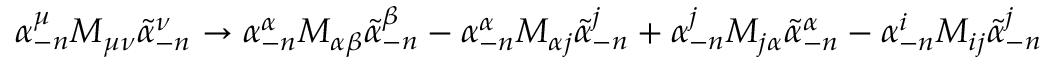
\alpha _ { - n } ^ { \mu } M _ { \mu \nu } \widetilde \alpha _ { - n } ^ { \nu } \rightarrow \alpha _ { - n } ^ { \alpha } M _ { \alpha \beta } \widetilde \alpha _ { - n } ^ { \beta } - \alpha _ { - n } ^ { \alpha } M _ { \alpha j } \widetilde \alpha _ { - n } ^ { j } + \alpha _ { - n } ^ { j } M _ { j \alpha } \widetilde \alpha _ { - n } ^ { \alpha } - \alpha _ { - n } ^ { i } M _ { i j } \widetilde \alpha _ { - n } ^ { j }